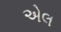
એલ